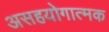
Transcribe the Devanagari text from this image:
असहयोगात्मक